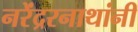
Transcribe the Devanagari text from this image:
नरेंद्ररनाथांनी